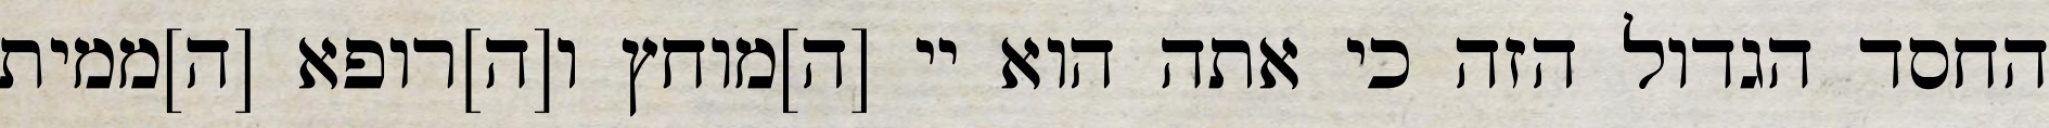
החסד הגדול הזה כי אתה הוא יי [ה]מוחץ ו[ה]רופא [ה]ממית